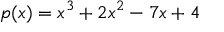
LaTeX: p ( x ) = x ^ { 3 } + 2 x ^ { 2 } - 7 x + 4